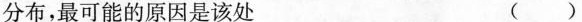
分布，最可能的原因是该处 ( )